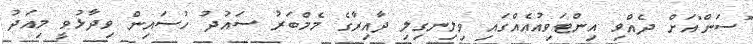
"ސަން"އަށް ދެއްވި އިންޓަވިއުއެއްގައި ވިލިނގިލި ދާއިރާގެ މެމްބަރު ސައުދު ހުސައިން ވިދާޅުވީ މިއަދު